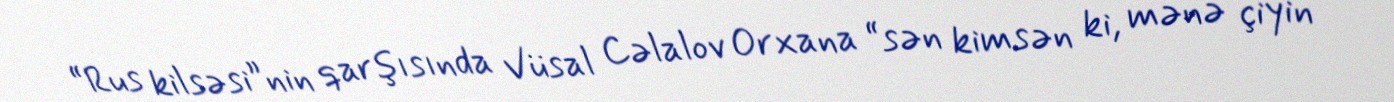
“Rus kilsəsi”nin qarşısında Vüsal Cəlalov Orxana “sən kimsən ki, mənə çiyin